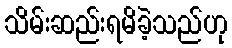
သိမ်းဆည်းရမိခဲ့သည်ဟု